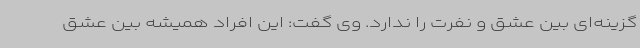
گزینه‌ای بین عشق و نفرت را ندارد. وی گفت: این افراد همیشه بین عشق